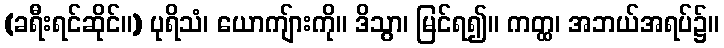
(ခရီးရင်ဆိုင်။) ပုရိသံ၊ ယောကျ်ားကို။ ဒိသွာ၊ မြင်ရ၍။ ကတ္ထ၊ အဘယ်အရပ်၌။